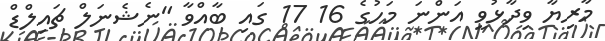
މާރިޔާ ވިދާޅުވީ އަންނަ މަހުގެ 16 17 ގައި ބާއްވާ "ނެޝެނަލް ޗައިލްޑް